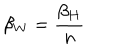
\beta _ { W } = \frac { \beta _ { H } } { n }